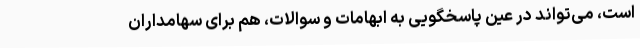
است، می‌تواند در عین پاسخگویی به ابهامات و سوالات، هم برای سهامداران